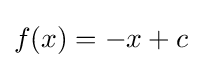
f(x)=-x+c